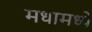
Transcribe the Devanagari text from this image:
मधामध्ये